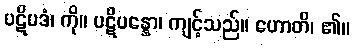
ပဋိပဒံ၊ ကို။ ပဋိပန္နော၊ ကျင့်သည်။ ဟောတိ၊ ၏။